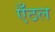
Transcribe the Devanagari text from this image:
एँठल